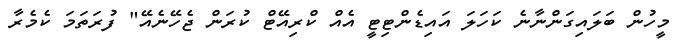
މީހުން ބަލައިގަންނާނެ ކަހަލަ އައިޑެންޓިޓީ އެއް ކްރިއޭޓް ކުރަން ޖެހޭނެއޭ" ފުރަތަމަ ކެމެރާ